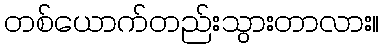
တစ်ယောက်တည်းသွားတာလား။